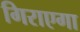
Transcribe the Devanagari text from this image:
गिराएगा